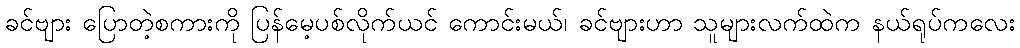
ခင်ဗျား ပြောတဲ့စကားကို ပြန်မေ့ပစ်လိုက်ယင် ကောင်းမယ်၊ ခင်ဗျားဟာ သူများလက်ထဲက နယ်ရုပ်ကလေး